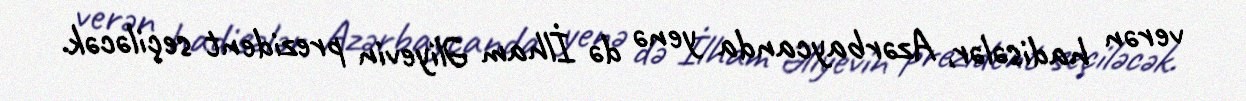
verən hadisələr, Azərbaycanda yenə də İlham Əliyevin prezident seçiləcək.